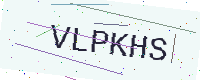
Text: VLPKHS